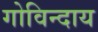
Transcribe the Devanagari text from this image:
गोविन्दाय